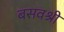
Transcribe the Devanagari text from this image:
बसवश्री